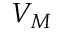
V _ { M }